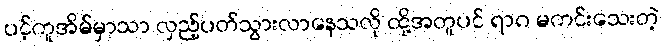
ပင့်ကူအိမ်မှာသာ လှည့်ပတ်သွားလာနေသလို ထို့အတူပင် ရာဂ မကင်းသေးတဲ့